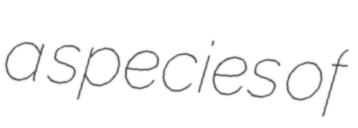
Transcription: a species of